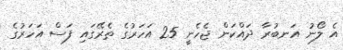
އެ ލޯނު އަނބުރާ ދައްކަން ޖެހެނީ 25 އަހަރުގެ ތެރޭގައި ފަސް އަހަރުގެ